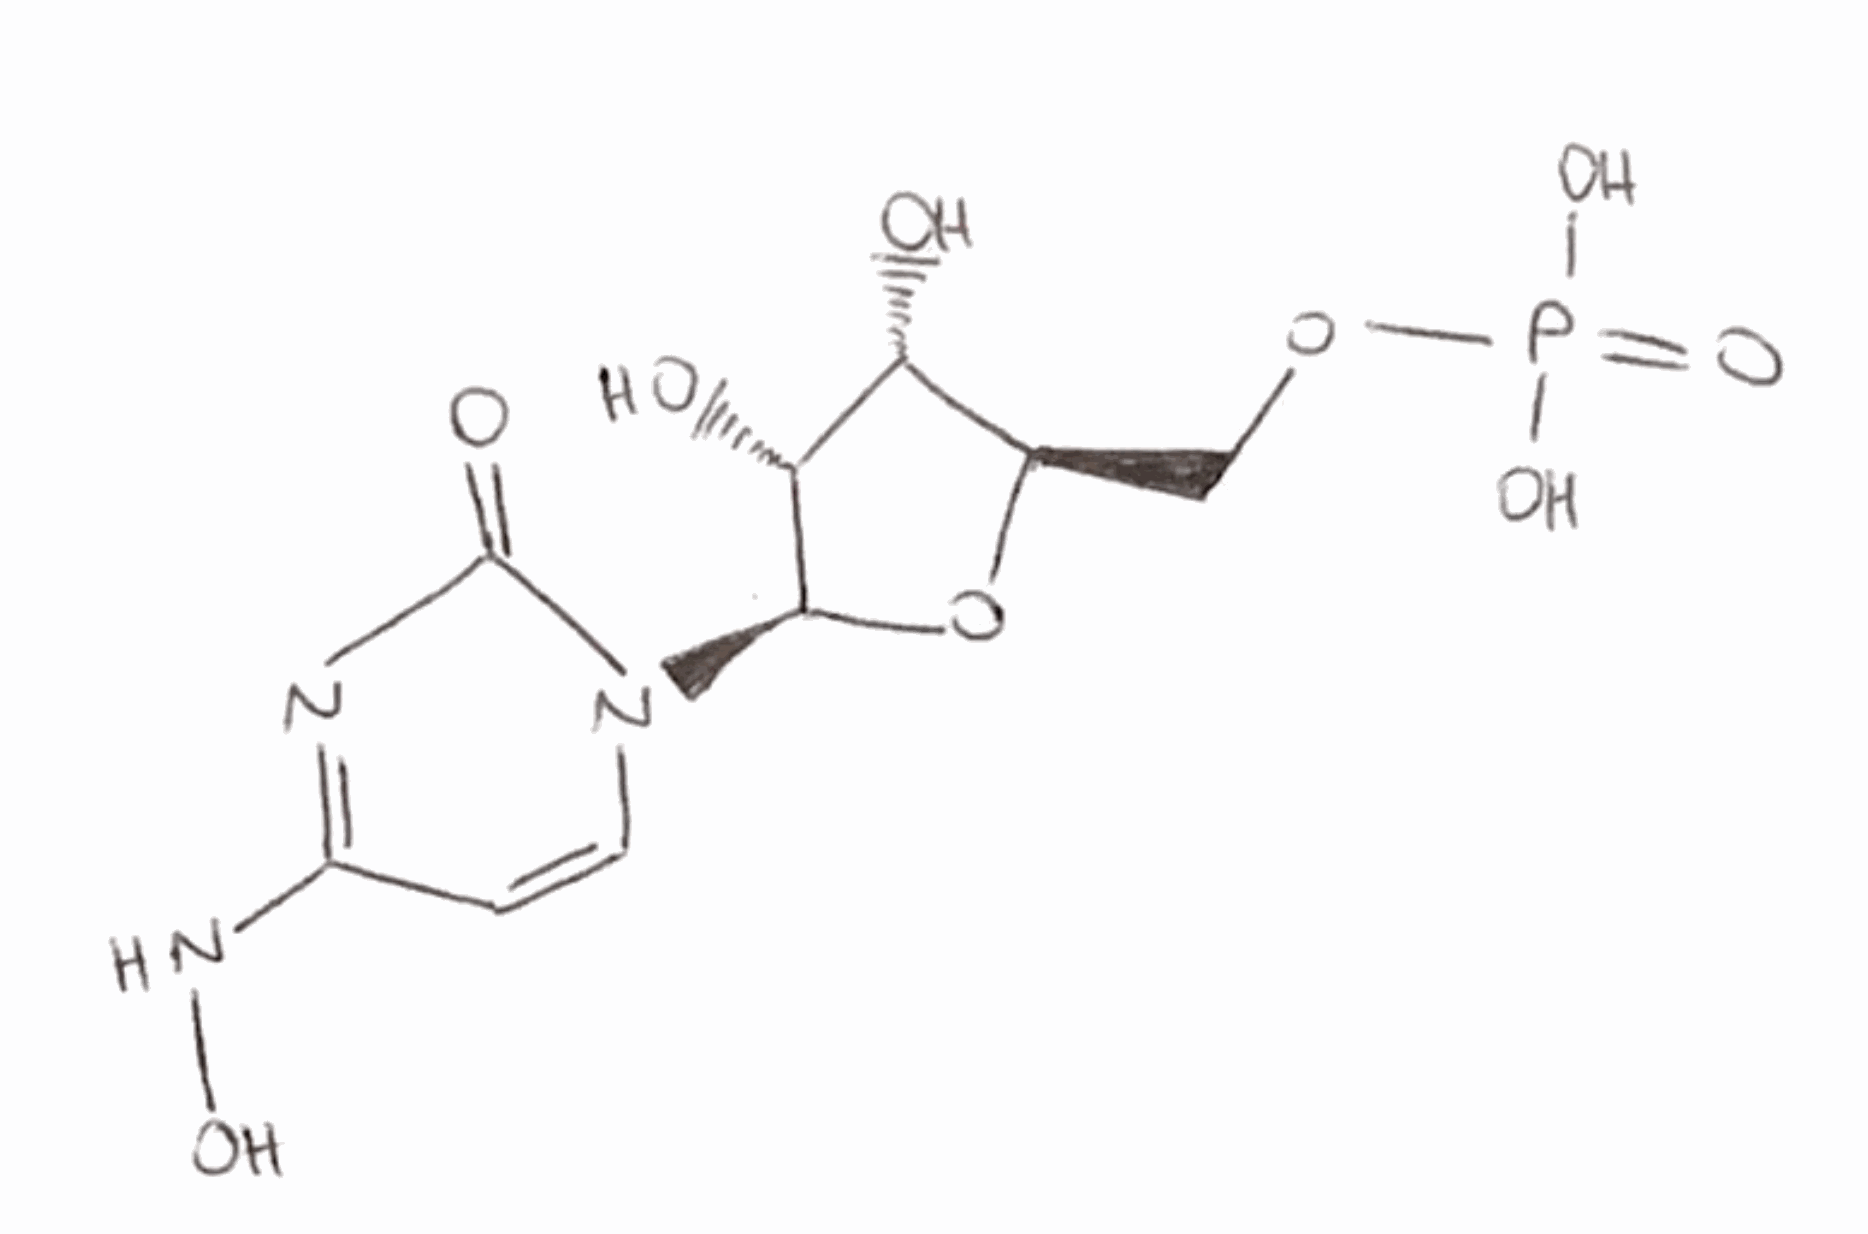
Simplified molecular-input line-entry system (SMILES) notation of the given molecule:
C1=CN(C(=O)N=C1NO)[C@H]2[C@@H]([C@@H]([C@H](O2)COP(=O)(O)O)O)O